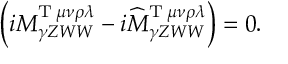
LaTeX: \left( i M _ { \gamma Z W W } ^ { \mathrm { T } \; \mu \nu \rho \lambda } - i \widehat { M } _ { \gamma Z W W } ^ { \mathrm { T } \; \mu \nu \rho \lambda } \right) = 0 .